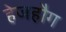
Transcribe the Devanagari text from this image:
हेजहौग